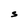
Character: S